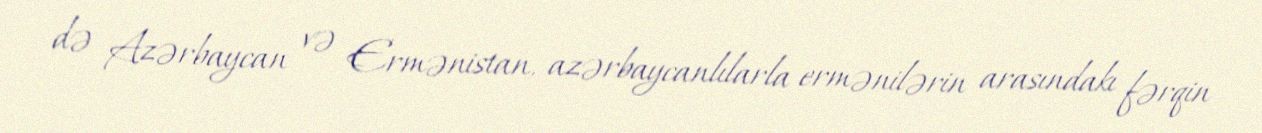
də Azərbaycan və Ermənistan, azərbaycanlılarla ermənilərin arasındakı fərqin